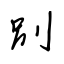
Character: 別